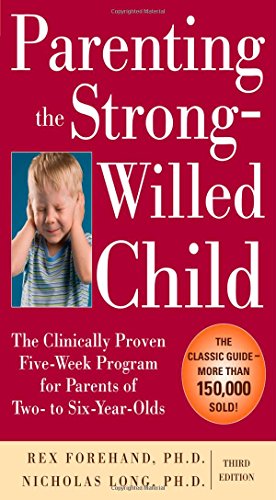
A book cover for Parenting the Strong-Willed Child: The Clinically Proven Five-Week Program for Parents of Two- to Six-Year-Olds, Third Edition; Rex Forehand; Parenting & Relationships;